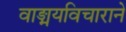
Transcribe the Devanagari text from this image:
वाङ्मयविचाराने